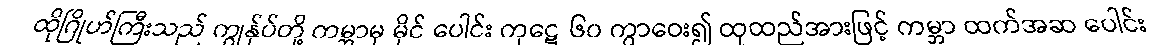
ထိုဂြိုဟ်ကြီးသည် ကျွန်ုပ်တို့ ကမ္ဘာမှ မိုင် ပေါင်း ကုဋေ ၆၀ ကွာဝေး၍ ထုထည်အားဖြင့် ကမ္ဘာ ထက်အဆ ပေါင်း